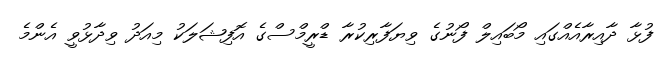
ފުޅާ ދާއިރާއެއްގައި މޯބައިލް ފޯނުގެ ވިޔަފާރިކުރާ ޑްރީމްސްގެ އޮފިޝަލަކު މިއަދު ވިދާޅުވީ އެންމެ